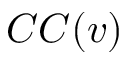
C C ( v )